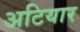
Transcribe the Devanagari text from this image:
अटियार